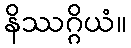
နိဿဂ္ဂိယံ။